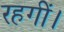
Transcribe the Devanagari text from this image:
रहगीं।